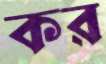
কর